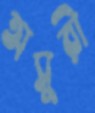
অসুরী